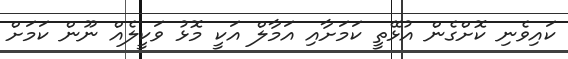
ކައިވެނި ކޮށްގެން އުޅޭތީ ކަމަށާއި އަމާލް އަކީ މޮޅު ވަކީލެއް ނޫން ކަމަށް